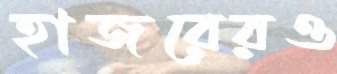
হাজরেরও